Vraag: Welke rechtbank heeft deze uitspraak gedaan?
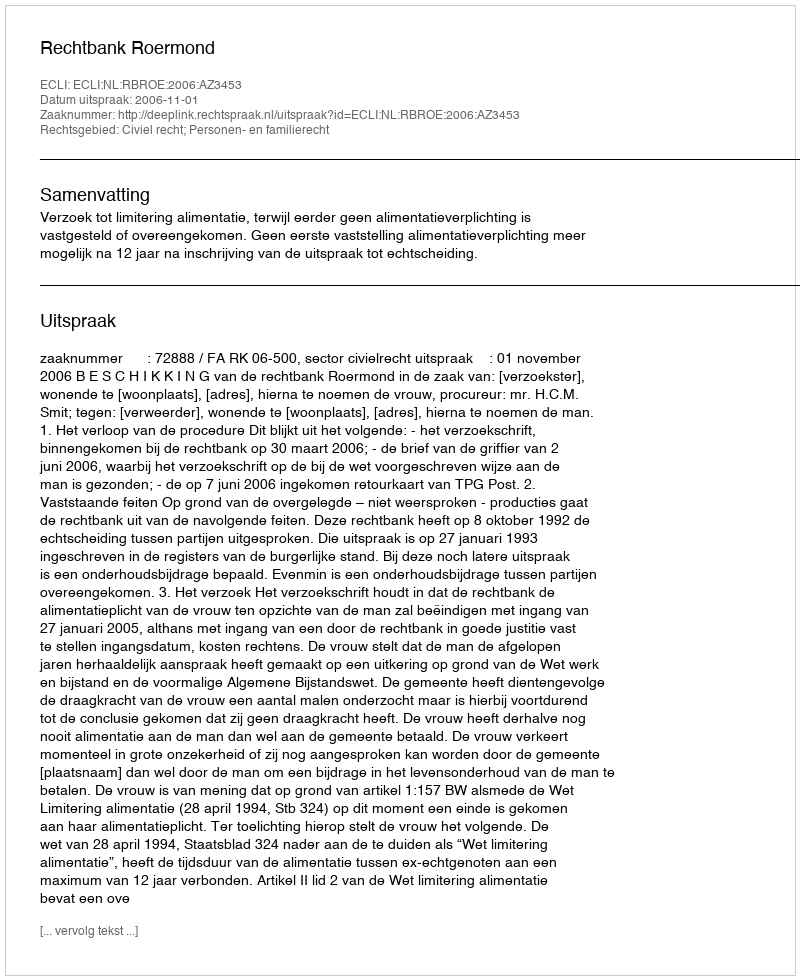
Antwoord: Rechtbank Roermond